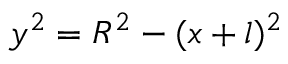
y ^ { 2 } = R ^ { 2 } - ( x + l ) ^ { 2 }